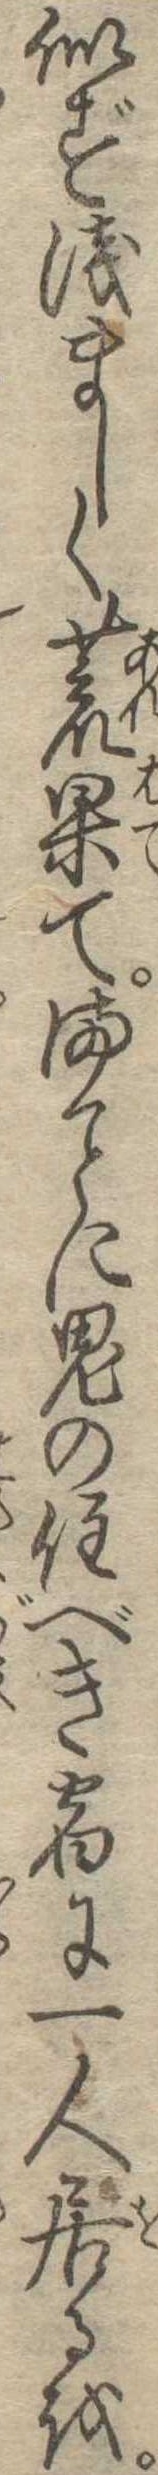
似ず浅ましく荒果てまに鬼の住べき宿に一人居るを